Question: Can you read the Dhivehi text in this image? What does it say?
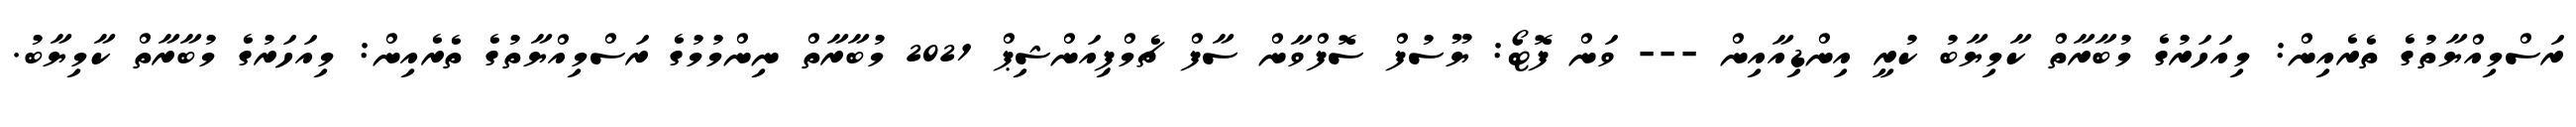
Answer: ރަސްމިއްޔާތުގެ ތެރެއިން: މިއަހަރުގެ މުބާރާތް ކާމިޔާބު ކުރީ އިންޑިއާއިން --- ވަން ފޮޓޯ: ޔޫސުފް ސޮފްވާން ސާފް ޗެމްޕިއަންޝިޕް 2021 މުބާރާތް ނިންމުމުގެ ރަސްމިއްޔާތުގެ ތެރެއިން: މިއަހަރުގެ މުބާރާތް ކާމިޔާބު.